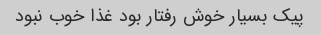
پیک بسیار خوش رفتار بود غذا خوب نبود